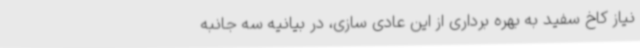
نیاز کاخ سفید به بهره برداری از این عادی سازی، در بیانیه سه جانبه